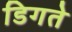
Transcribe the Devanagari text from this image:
डिगते